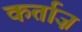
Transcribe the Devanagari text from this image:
कर्ताज़